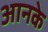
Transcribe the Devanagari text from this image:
आनके